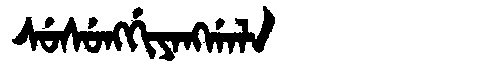
Manchu: ᠰᡠᠰᡠᠩᡤᡳᠶᠠᠩᡤᠠᠯᠠ
Romanization: SUSUNGGIYANGGALA